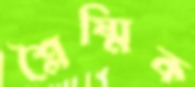
শ্লৈষ্মিক